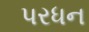
પરધન